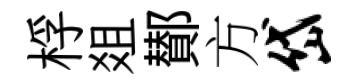
桴爼鄼方岱